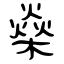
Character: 燊